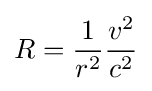
R={1 \over r^{2}}{v^{2} \over c^{2}}